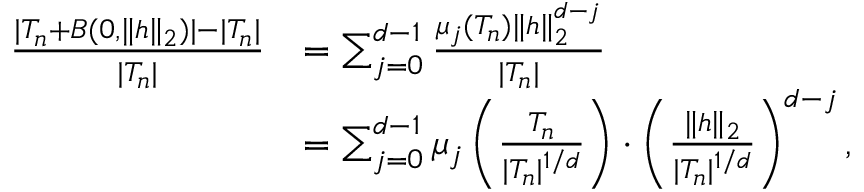
\begin{array} { r l } { \frac { | T _ { n } + B ( 0 , \| h \| _ { 2 } ) | - | T _ { n } | } { | T _ { n } | } } & { = \sum _ { j = 0 } ^ { d - 1 } \frac { \mu _ { j } ( T _ { n } ) \| h \| _ { 2 } ^ { d - j } } { | T _ { n } | } } \\ & { = \sum _ { j = 0 } ^ { d - 1 } \mu _ { j } \left( \frac { T _ { n } } { | T _ { n } | ^ { 1 / d } } \right) \cdot \left( \frac { \| h \| _ { 2 } } { | T _ { n } | ^ { 1 / d } } \right) ^ { d - j } , } \end{array}